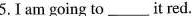
5.Iam going to___it red.